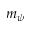
m _ { \psi }